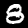
Digit: 8